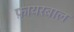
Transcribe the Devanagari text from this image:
फ़ायरबाल